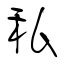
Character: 私